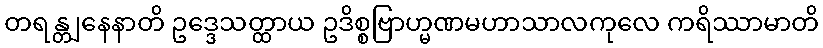
တရန္တျနေနာတိ ဥဒ္ဒေသတ္ထာယ ဥဒိစ္စဗြာဟ္မဏမဟာသာလကုလေ ကရိဿာမာတိ